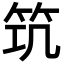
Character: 𥬑